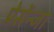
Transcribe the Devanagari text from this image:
प्रेसेंन्जा